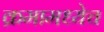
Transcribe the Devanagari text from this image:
क्रमामध्येच